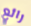
رائع